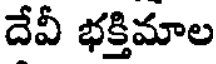
దేవీ భక్తిమాల